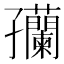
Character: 𫲴